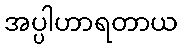
အပ္ပါဟာရတာယ